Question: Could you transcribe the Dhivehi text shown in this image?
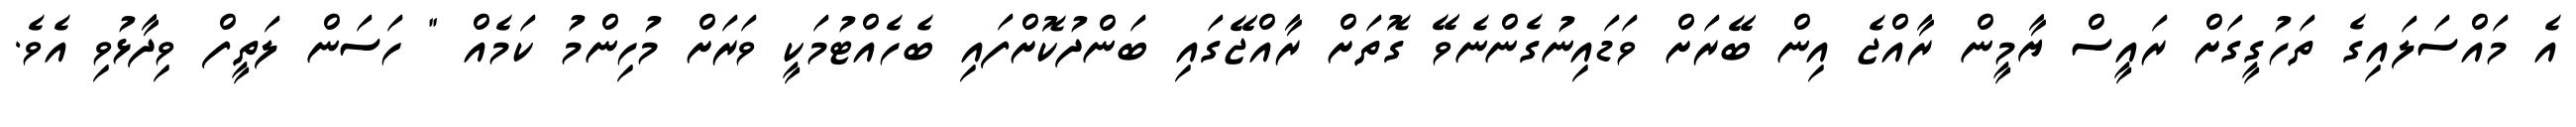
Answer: އެ މައްސަލައިގެ ތަހުގީގަށް ރައީސް ޔާމީން ރާއްޖެ އިން ބޭރަށް ވަޑައިނުގެންނެވޭ ގޮތަށް ރާއްޖޭގައި ބަންދުކޮށްފައި ބެހެއްޓުމަކީ ވަރަށް މުހިންމު ކަމެއް " ހަސަން ލަތީފް ވިދާޅުވި އެވެ.